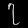
Digit: ၇